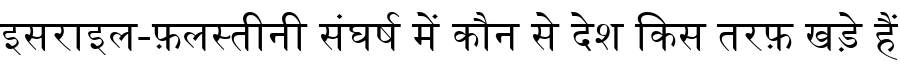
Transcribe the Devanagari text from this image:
इसराइल-फ़लस्तीनी संघर्ष में कौन से देश किस तरफ़ खड़े हैं